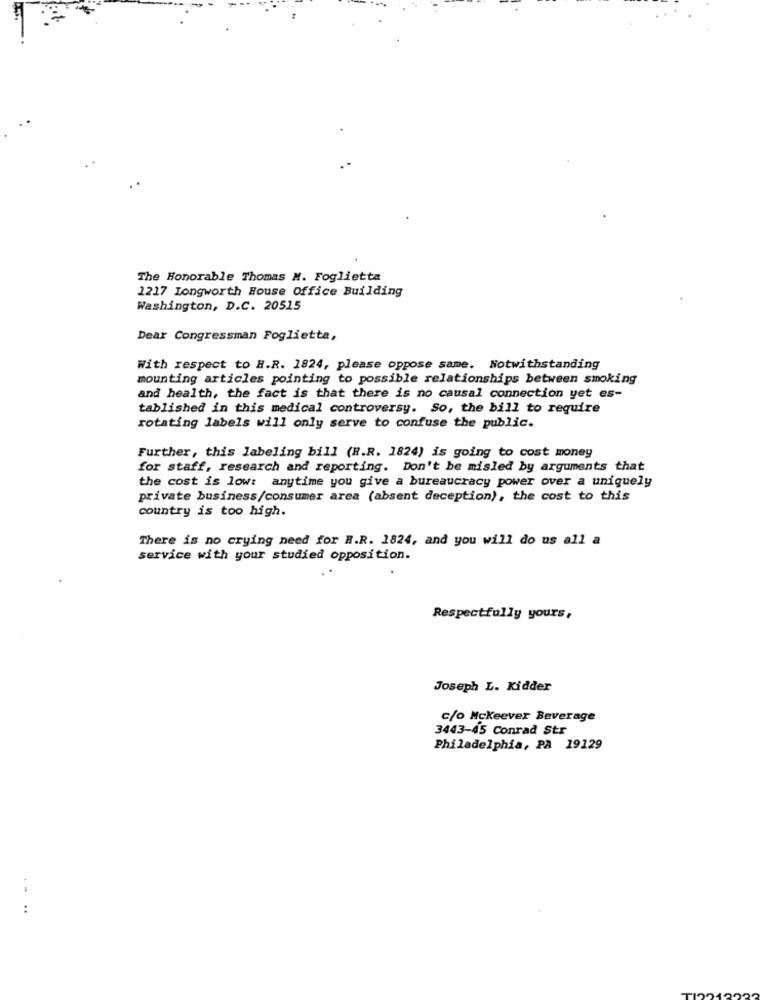
The Honorable Thomas M. Foglietta
1217 Longworth House Office Building
Washington, D.C. 20515
Dear Congressman Foglietta,
With respect to H.R. 1824, please oppose same. Notwithstanding
mounting articles pointing to possible relationships between smoking
and health, the fact is that there is no causal connection yet es-
tablished in this medical controversy. So, the bill to require
rotating labels will only serve to confuse the public.
Further, this labeling bill (H.R. 1824) is going to cost money
for staff, research and reporting. Don't be misled by arguments that
the cost is low: anytime you give a bureaucracy power over a uniquely
private business/consumer area (absent deception), the cost to this
country is too high.
There is no crying need for R.R. 1824, and you will do us all a
service with your studied opposition.
Respectfully yours,
Joseph L. Kidder
c/o Mckeever Beverage
3443-45 Conrad Str
Philadelphia, PA 19129
..